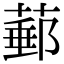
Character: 𦸙